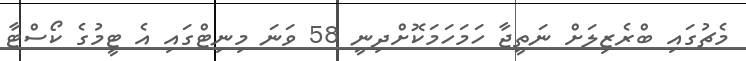
މެޗުގައި ބްރެޒިލަށް ނަތީޖާ ހަމަހަމަކޮށްދިނީ 58 ވަނަ މިނިޓްގައި އެ ޓީމުގެ ކޯސްޓާ